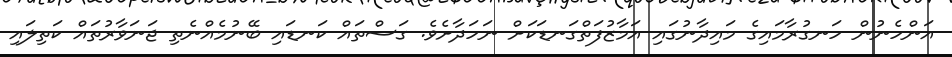
އަންހެނުން ހަނގުރާމައިގެ މައިދާނުގައި އަމާޒުފަތްގަނޑަކަށް ނަހަދާށެވެ. ގަސްތައް ކަނޑައި ބޭނުމެއްނެތި ޖަނަވާރުތައް ކަތިލައި